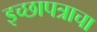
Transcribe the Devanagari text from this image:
इच्छापत्राचा